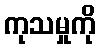
ကုသမှုကို